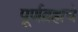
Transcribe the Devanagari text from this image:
पूर्णब्रह्मचे